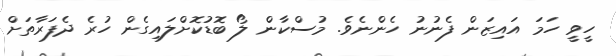
ހީވީ ހަމަ އައިޒަން ފެނުނު ހެންނެވެ. މުސްކާން ލޯ ބޮޑުކޮށްލައިގެން ހުރެ ދެފަރާތަށް